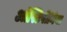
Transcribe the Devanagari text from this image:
ऑस्टिपीनिया